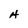
Character: H